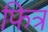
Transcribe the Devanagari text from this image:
फित्र